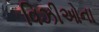
વિઝીઓના